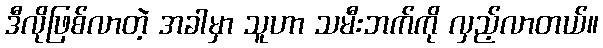
ဒီလိုဖြစ်လာတဲ့ အခါမှာ သူဟာ သမီးဘက်ကို လှည့်လာတယ်။